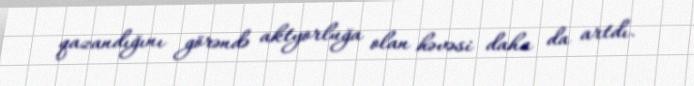
qazandığını görəndə aktyorluğa olan həvəsi daha da artdı.